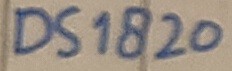
Text: DS1820